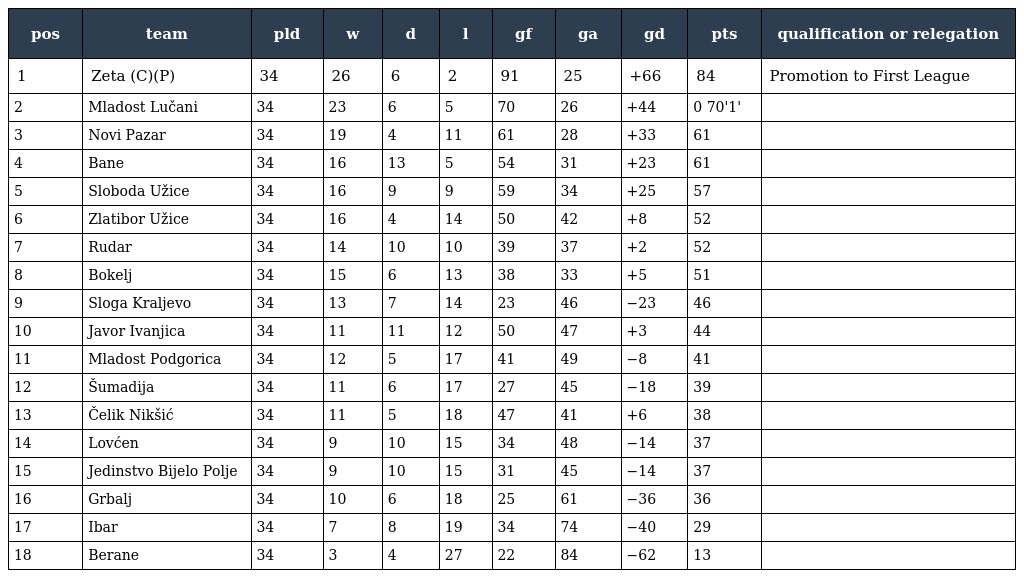
| pos | team | pld | w | d | l | gf | ga | gd | pts | qualification or relegation |
 | --- | --- | --- | --- | --- | --- | --- | --- | --- | --- | --- |
 | 1 | Zeta (C)(P) | 34 | 26 | 6 | 2 | 91 | 25 | +66 | 84 | Promotion to First League |
 | 2 | Mladost Lučani | 34 | 23 | 6 | 5 | 70 | 26 | +44 | 0 70'1' |  |
 | 3 | Novi Pazar | 34 | 19 | 4 | 11 | 61 | 28 | +33 | 61 |  |
 | 4 | Bane | 34 | 16 | 13 | 5 | 54 | 31 | +23 | 61 |  |
 | 5 | Sloboda Užice | 34 | 16 | 9 | 9 | 59 | 34 | +25 | 57 |  |
 | 6 | Zlatibor Užice | 34 | 16 | 4 | 14 | 50 | 42 | +8 | 52 |  |
 | 7 | Rudar | 34 | 14 | 10 | 10 | 39 | 37 | +2 | 52 |  |
 | 8 | Bokelj | 34 | 15 | 6 | 13 | 38 | 33 | +5 | 51 |  |
 | 9 | Sloga Kraljevo | 34 | 13 | 7 | 14 | 23 | 46 | −23 | 46 |  |
 | 10 | Javor Ivanjica | 34 | 11 | 11 | 12 | 50 | 47 | +3 | 44 |  |
 | 11 | Mladost Podgorica | 34 | 12 | 5 | 17 | 41 | 49 | −8 | 41 |  |
 | 12 | Šumadija | 34 | 11 | 6 | 17 | 27 | 45 | −18 | 39 |  |
 | 13 | Čelik Nikšić | 34 | 11 | 5 | 18 | 47 | 41 | +6 | 38 |  |
 | 14 | Lovćen | 34 | 9 | 10 | 15 | 34 | 48 | −14 | 37 |  |
 | 15 | Jedinstvo Bijelo Polje | 34 | 9 | 10 | 15 | 31 | 45 | −14 | 37 |  |
 | 16 | Grbalj | 34 | 10 | 6 | 18 | 25 | 61 | −36 | 36 |  |
 | 17 | Ibar | 34 | 7 | 8 | 19 | 34 | 74 | −40 | 29 |  |
 | 18 | Berane | 34 | 3 | 4 | 27 | 22 | 84 | −62 | 13 |  |